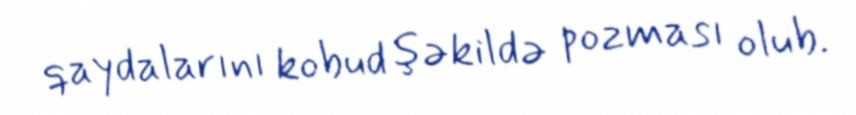
qaydalarını kobud şəkildə pozması olub.